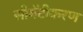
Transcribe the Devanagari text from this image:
सीमेंटीकरण